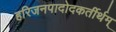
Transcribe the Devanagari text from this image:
हरिजनपादोदकर्तीर्थम्‌